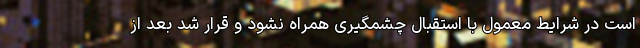
است در شرایط معمول با استقبال چشمگیری همراه نشود و قرار شد بعد از